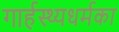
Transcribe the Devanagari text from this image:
गार्हस्थ्यधर्मका